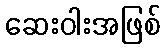
ဆေးဝါးအဖြစ်